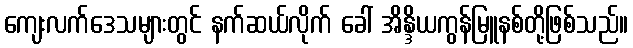
ကျေးလက်ဒေသများတွင် နက်ဆယ်လိုက် ခေါ် အိန္ဒိယကွန်မြူနစ်တို့ဖြစ်သည်။